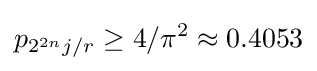
p_{2^{2n}j/r}\geq 4/\pi ^{2}\approx 0.4053